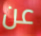
عن